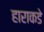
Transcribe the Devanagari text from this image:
हाराकडे